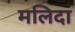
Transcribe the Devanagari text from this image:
मलिदा